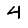
Digit: 4